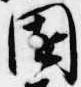
園